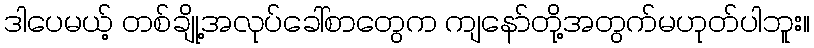
ဒါပေမယ့် တစ်ချို့အလုပ်ခေါ်စာတွေက ကျနော်တို့အတွက်မဟုတ်ပါဘူး။